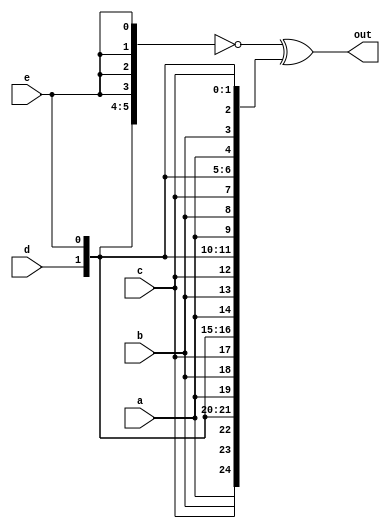
// Question 20. Modules - https://hdlbits.01xz.net/wiki/Module

module top_module (
	input a, b, c, d, e,
	output [24:0] out
);

	wire [24:0] top, bottom;
	assign top    = { {5{a}}, {5{b}}, {5{c}}, {5{d}}, {5{e}} };
	assign bottom = {5{a,b,c,d,e}};
	assign out = ~top ^ bottom;	// Bitwise XNOR

	// This could be done on one line:
	// assign out = ~{ {5{a}}, {5{b}}, {5{c}}, {5{d}}, {5{e}} } ^ {5{a,b,c,d,e}};
	
endmodule